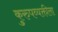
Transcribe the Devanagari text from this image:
कुरुपव्यक्तीला